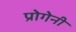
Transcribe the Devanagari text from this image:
प्रोगेनी